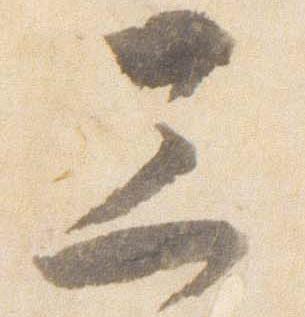
三